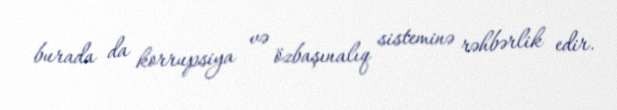
burada da korrupsiya və özbaşınalıq sisteminə rəhbərlik edir.